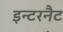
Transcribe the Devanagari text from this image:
इन्टरनैट